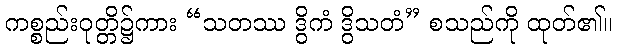
ကစ္စည်းဝုတ္တိ၌ကား “သတဿ ဒွိကံ ဒွိသတံ” စသည်ကို ထုတ်၏။